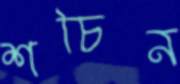
শচিন